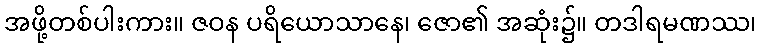
အဖို့တစ်ပါးကား။ ဇဝန ပရိယောသာနေ၊ ဇော၏ အဆုံး၌။ တဒါရမဏဿ၊